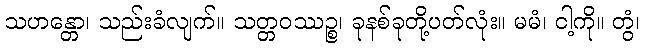
သဟန္တော၊ သည်းခံလျက်။ သတ္တဝဿဉ္စ၊ ခုနစ်ခုတို့ပတ်လုံး။ မမံ၊ ငါ့ကို။ တွံ၊